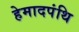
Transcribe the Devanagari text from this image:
हेमादपंथि